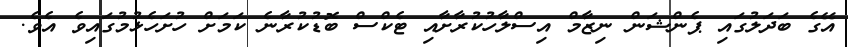
އޭގެ ބަދަލުގައި ޕެންޝަން ނިޒާމް އިސްލާހުކުރާށާއި ޓެކްސް ބޮޑުކުރާނެ ކަމަށް ހުށަހެޅުމުގައިވެ އެވެ.